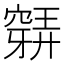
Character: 𥨋